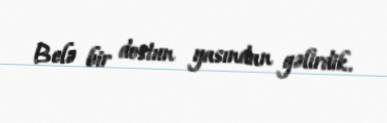
Belə bir dostun yasından gəlirdik.